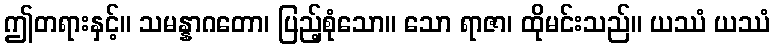
ဤတရားနှင့်။ သမန္နာဂတော၊ ပြည့်စုံသော။ သော ရာဇာ၊ ထိုမင်းသည်။ ယဿံ ယဿံ